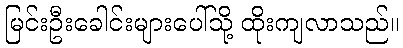
မြင်းဦးခေါင်းများပေါ်သို့ ထိုးကျလာသည်။